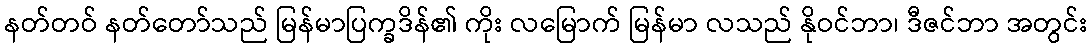
နတ်တဝ် နတ်တော်သည် မြန်မာပြက္ခဒိန်၏ ကိုး လမြောက် မြန်မာ လသည် နိုဝင်ဘာ၊ ဒီဇင်ဘာ အတွင်း